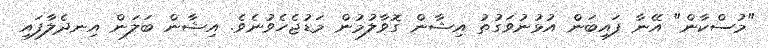
"މުސްކާން" އޭނާ ފައިބަން އުޅުނުވަގުތު އިޝާން ގޮވާލުމުން މަޑުޖެހެވުނެވެ. އިޝާން ބަލަން އިނދެލާފައި